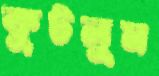
কুটলুম